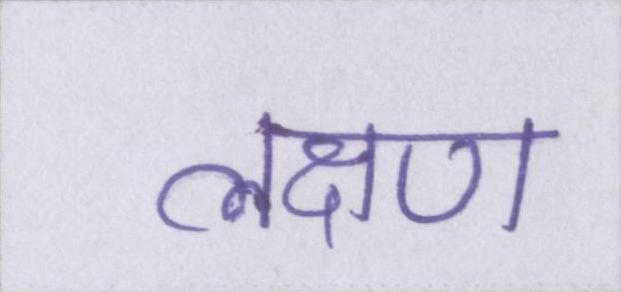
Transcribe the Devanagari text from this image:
लक्ष्ण